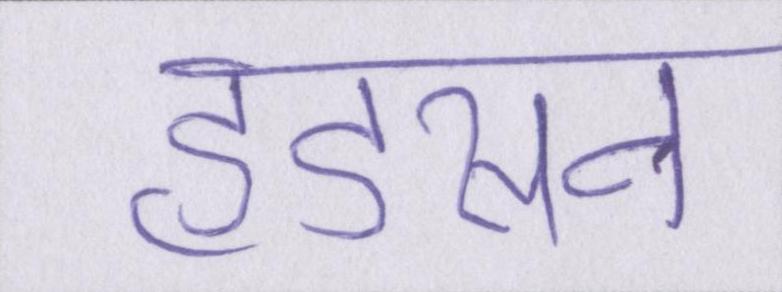
हडसन